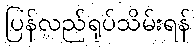
ပြန်လည်ရုပ်သိမ်းရန်